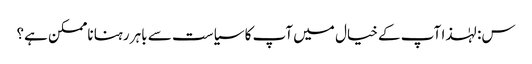
س: لہٰذا آپ کے خیال میں آپ کا سیاست سے باہر رہنا ناممکن ہے؟